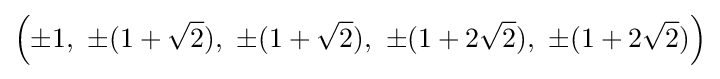
\left(\pm 1,\ \pm (1+{\sqrt {2}}),\ \pm (1+{\sqrt {2}}),\ \pm (1+2{\sqrt {2}}),\ \pm (1+2{\sqrt {2}})\right)